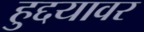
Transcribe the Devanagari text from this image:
हुद्दयावर